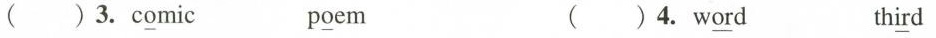
( ) 3.c\underline{o}mic p\underline{o}em ( )4. W\underline{or}d